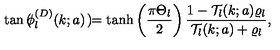
\tan \mathrm { \boldmath \Large \left( \right. } \! \! \! \phi _ { l } ^ { ( D ) } ( k ; a ) \mathrm { \boldmath \Large \left. \right) } \! \! = \tanh \left( \frac { \pi \Theta _ { l } } { 2 } \right) \frac { 1 - { \mathcal T } _ { l } ( k ; a ) \varrho _ { l } } { { \mathcal T } _ { l } ( k ; a ) + \varrho _ { l } } ,